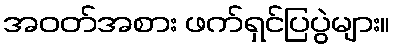
အဝတ်အစား ဖက်ရှင်ပြပွဲများ။